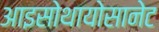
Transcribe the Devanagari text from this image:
आइसोथायोसानेट